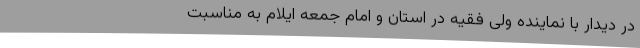
در دیدار با نماینده ولی فقیه در استان و امام جمعه ایلام به مناسبت